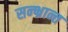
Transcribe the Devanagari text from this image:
सन्भ्रान्त